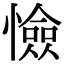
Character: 憸